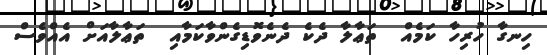
ހިނގާ ހުރިހާ ކަމެއް  ތަޢާލާ ދެކެ ދެނެވޮޑިގެންވާކަމާއި  ތަޢާލާއަށް އެއްވެސް